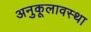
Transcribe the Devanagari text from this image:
अनुकूलावस्था